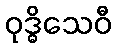
ဝုဒ္ဓိသေဝီ